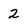
Character: 2